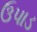
ઉપાડ